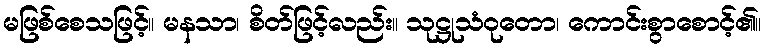
မဖြစ်စေသဖြင့်။ မနသာ၊ စိတ်ဖြင့်လည်း။ သုဋ္ဌုသံဝုတော၊ ကောင်းစွာစောင့်၏။